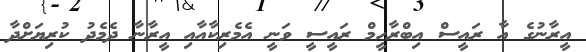
އީރާނުގެ އާ ރައީސް އިބްރާހީމް ރައީސީ ވަނީ އެމެރިކާއާއި އީރާނާ ދެމެދު ކުރިޔަށްދާ